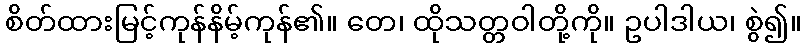
စိတ်ထားမြင့်ကုန်နိမ့်ကုန်၏။ တေ၊ ထိုသတ္တဝါတို့ကို။ ဥပါဒါယ၊ စွဲ၍။